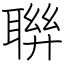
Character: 聨